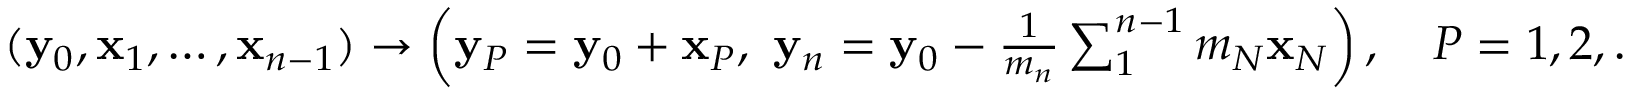
\begin{array} { r } { ( { \bf y } _ { 0 } , { \bf x } _ { 1 } , \ldots , { \bf x } _ { n - 1 } ) \rightarrow \left( { \bf y } _ { P } = { \bf y } _ { 0 } + { \bf x } _ { P } , ~ { \bf y } _ { n } = { \bf y } _ { 0 } - \frac { 1 } { m _ { n } } \sum _ { 1 } ^ { n - 1 } m _ { N } { \bf x } _ { N } \right) , \quad P = 1 , 2 , \ldots , n - 1 . } \end{array}